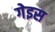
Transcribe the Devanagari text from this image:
गेइस